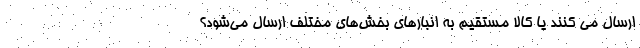
ارسال می کنند یا کالا مستقیم به انبارهای بخش‌های مختلف ارسال می‌شود؟